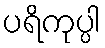
ပရိကုပ္ပါ